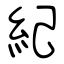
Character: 紀